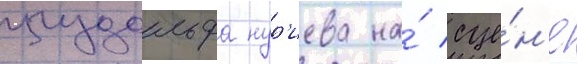
рудольфа нур'иева на́ сце́н'е